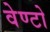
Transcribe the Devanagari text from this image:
वेण्टो